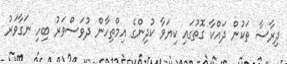
ދިރާސާ ތަކުން ދައްކާ ގޮތުގައި ކިޔަވާ ކުދިންގެ އިމްތިހާން ދުވަސްވަރު ބިހި ނަގާވަރު